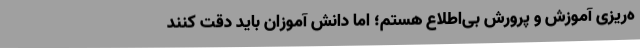
ه‌ریزی آموزش و پرورش بی‌اطلاع هستم؛ اما دانش آموزان باید دقت کنند